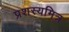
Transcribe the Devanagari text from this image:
प्रशस्यमित्र